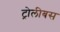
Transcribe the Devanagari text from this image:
ट्रोलीबस